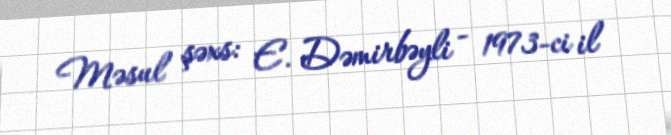
Məsul şəxs: E. Dəmirbəyli - 1973-ci il